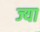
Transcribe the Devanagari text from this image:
ज्‍या